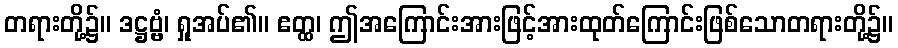
တရားတို့၌။ ဒဋ္ဌဗ္ဗံ၊ ရှုအပ်၏။ ဧတ္ထ၊ ဤအကြောင်းအားဖြင့်အားထုတ်ကြောင်းဖြစ်သောတရားတို့၌။